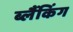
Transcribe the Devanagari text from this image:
ब्लैंकिंग